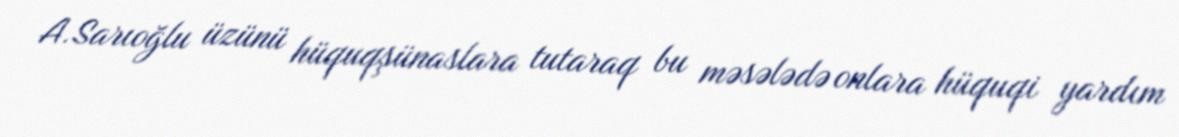
A.Sarıoğlu üzünü hüquqşünaslara tutaraq bu məsələdə onlara hüquqi yardım